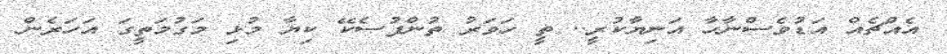
އެއްޗެއް އަޑުވެސްނާހާ އަނިޔާކުރީ.. ތީ ހަވަރު ތުންފުސެކޭ ކިޔާ މުޅި މަގުމަތީގަ އަހަރެން